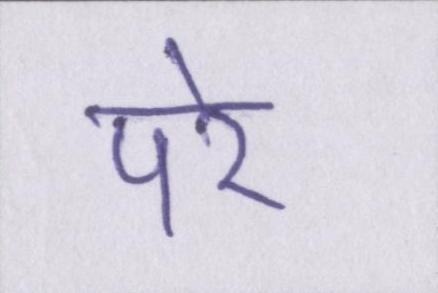
परे